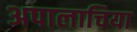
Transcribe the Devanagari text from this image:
अपालाचिया